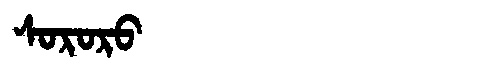
Manchu: ᠰᠣᡵᠣᡵᠣ
Romanization: SORORO